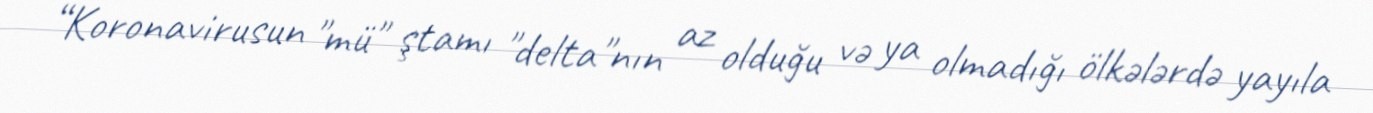
“Koronavirusun "mü" ştamı "delta"nın az olduğu və ya olmadığı ölkələrdə yayıla